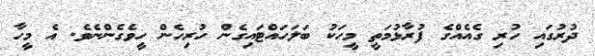
ދުރުގައި ހުރި ގެއެއްގެ ފުރާޅުމަތީ މީހަކު ބަލަހައްޓައިގެން ހުރިހެން ހީވެގެންނެވެ. އެ މީހާ